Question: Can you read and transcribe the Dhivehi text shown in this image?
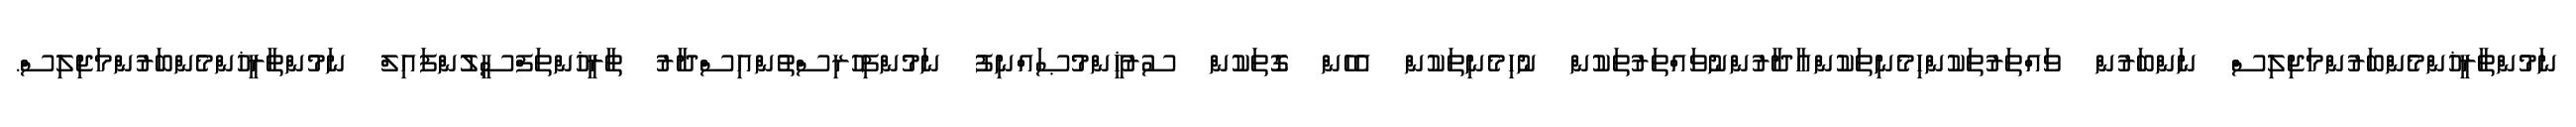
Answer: ނަމުންތާރީޚުންމެންބަރުންމަޖިލިސް ނަންބަރުން ވައްތަރުތަކުންހިމެނިތަކުންއާދާރުންނުވައްތަރުތަކުން ނުހިމެނިތަކުން އެހެން ގޮތަކުން ސުރުޚީންމުޞައްނިފު ނަމުންފިހުރިސްތުންއިސްދާރު ތާރީޚުންތަފްސީލުންފައިލް ނަމުންތާރީޚުންމެންބަރުންމަޖިލިސް.